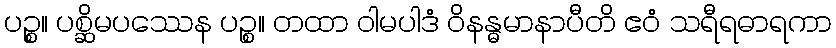
ပဉ္စ။ ပစ္ဆိမပဿေန ပဉ္စ။ တထာ ဝါမပါဒံ ဝိနန္ဓမာနာပီတိ ဧဝံ သရီရဓာရကာ